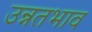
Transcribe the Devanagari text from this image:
उन्नतभाव